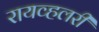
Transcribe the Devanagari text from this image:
रायव्हलरी